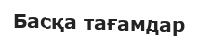
Басқа тағамдар